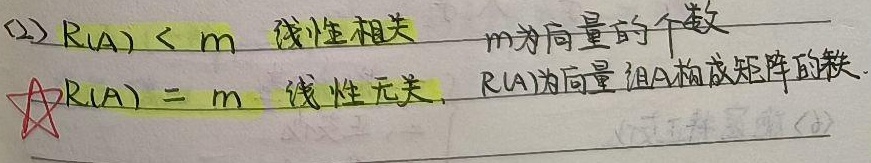
(2) 若\(R(A) < m\)，则向量组线性相关，其中\(m\)为向量的个数。
\(\textcircled{☆}\)若\(R(A)=m\)，则向量组线性无关，这里\(R(A)\)为向量组 \(A\)构成矩阵的秩。